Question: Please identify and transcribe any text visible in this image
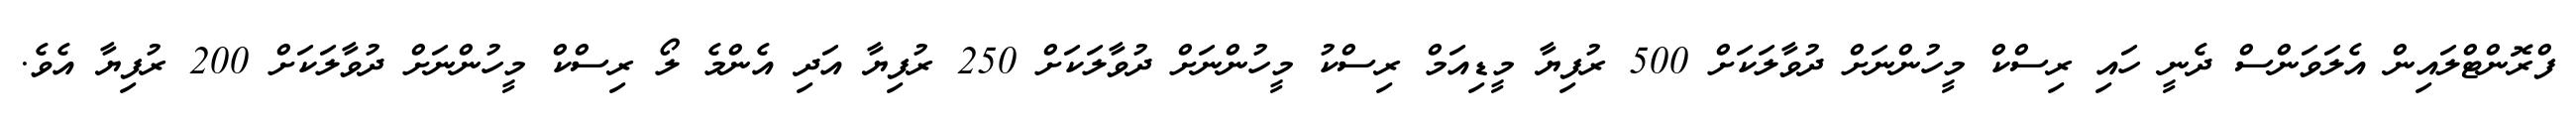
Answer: ފްރޮންޓްލައިން އެލަވަންސް ދެނީ ހައި ރިސްކް މީހުންނަށް ދުވާލަކަށް 500 ރުފިޔާ މީޑިއަމް ރިސްކު މީހުންނަށް ދުވާލަކަށް 250 ރުފިޔާ އަދި އެންމެ ލޯ ރިސްކް މީހުންނަށް ދުވާލަކަށް 200 ރުފިޔާ އެވެ.